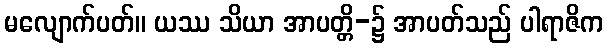
မလျောက်ပတ်။ ယဿ သိယာ အာပတ္တိ-၌ အာပတ်သည် ပါရာဇိက